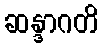
ဆန္ဒာဂတိ